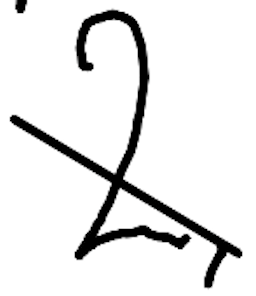
Text: 2,
Cross-out: diagonal
Writing tool: digital_black